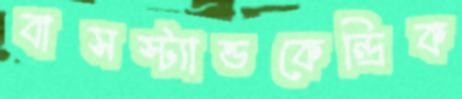
বাসস্ট্যান্ডকেন্দ্রিক